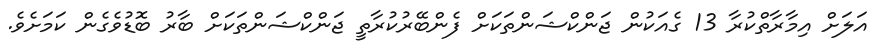
އަލަށް އިމާރާތްކުރާ 13 ގެއަކުން ޖަންކްޝަންތަކަށް ފެންބޭރުކުރާތީ ޖަންކްޝަންތަކަށް ބާރު ބޮޑުވެގެން ކަމަށެވެ.